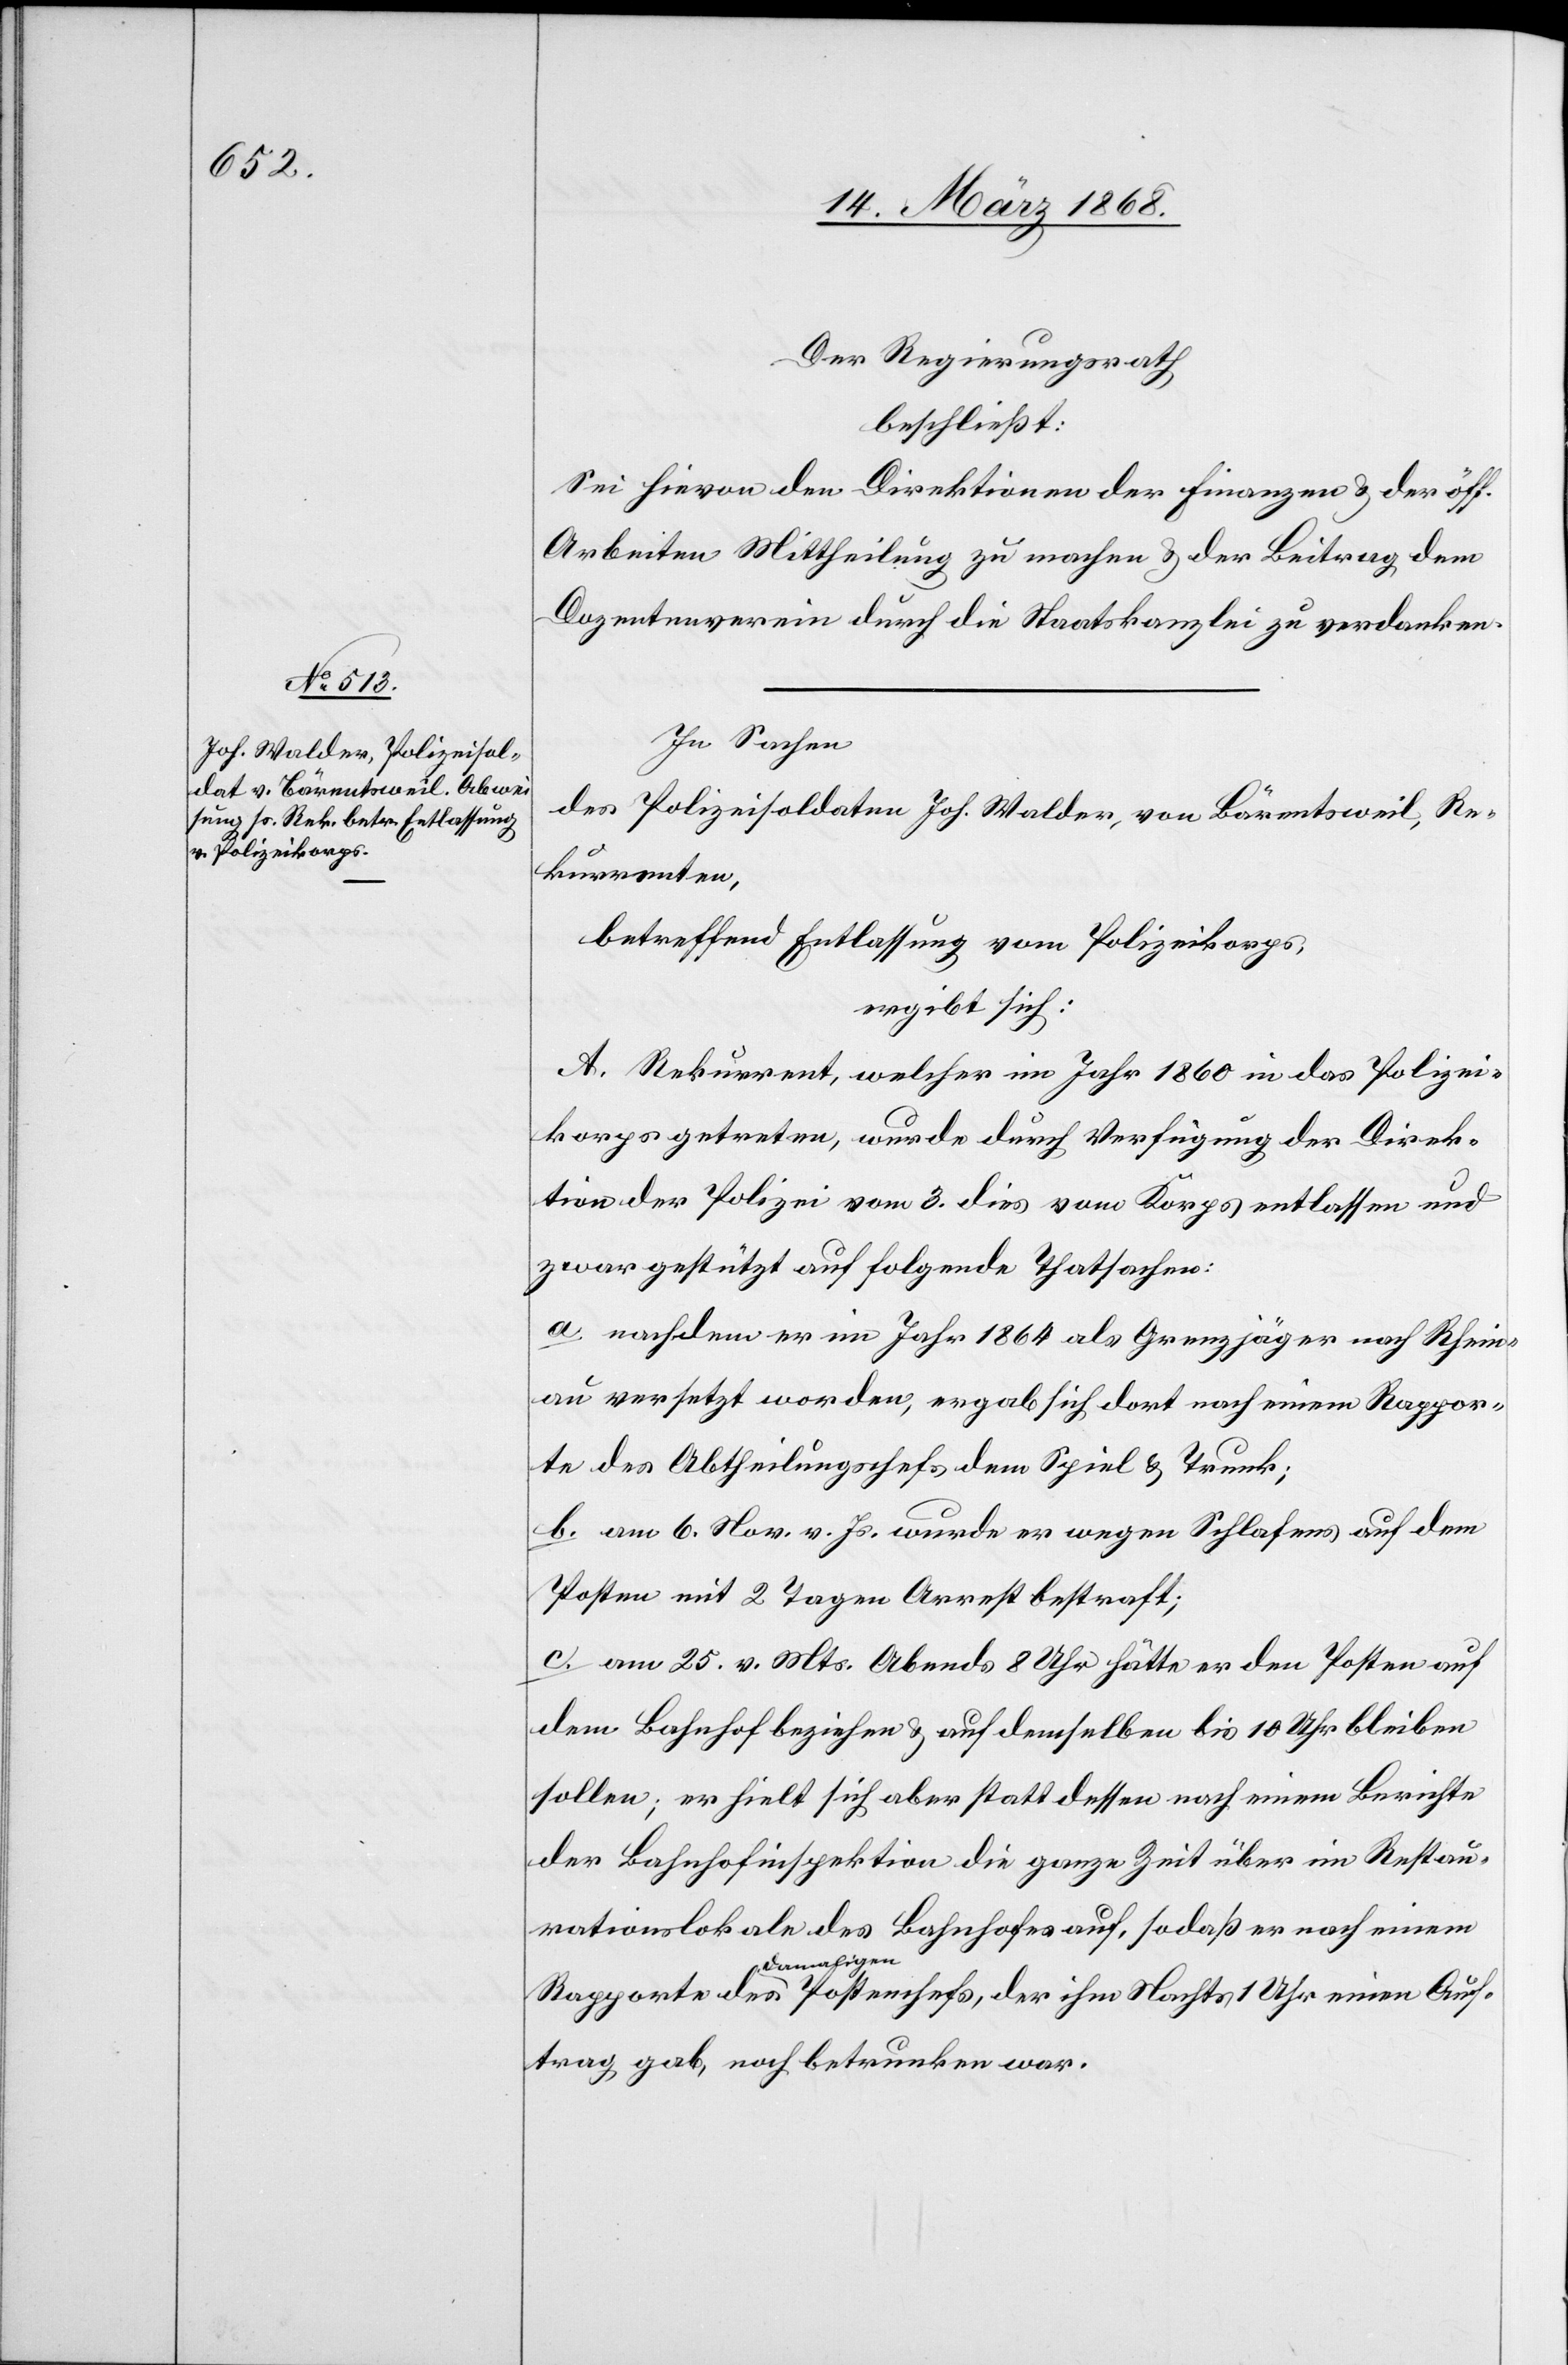
Auf¬

Der Regierungsrath
beschließt:
Sei hievon den Direktionen der Finanzen & der öff.
Arbeiten Mittheilung zu machen & der Beitrag dem
Dozentenverein durch die Staatskanzlei zu verdanken.
In Sachen
des Polizeisoldaten Joh. Walder, von Bärentsweil, Re¬
kurrenten,
betreffend Entlassung vom Polizeikorps,
ergibt sich:
A. Rekurrent, welcher im Jahr 1860 in das Polizei¬
korps getreten, wurde durch Verfügung der Direk¬
tion der Polizei vom 3. dies vom Korps entlassen und
zwar gestützt auf folgende Thatsachen:
a nachdem er im Jahr 1864 als Grenzjäger nach Rhein¬
au versetzt worden, ergab [er] sich dort nach einem Rappor¬
te des Abtheilungschefs dem Spiel & Trunk;
b. am 6. Nov. v. Js. wurde er wegen Schlafens auf dem
Posten mit 2 Tagen Arrest bestraft;
c. am 25. v. Mts. Abends 8 Uhr hätte er den Posten auf
dem Bahnhof beziehen & auf demselben bis 10 Uhr bleiben
sollen; er hielt sich aber statt dessen nach einem Berichte
der Bahnhofinspektion die ganze Zeit über im Restau¬
rationslokale des Bahnhofes auf, so daß er nach einem
damaligen
trag gab, noch betrunken war.